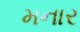
મનાર